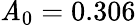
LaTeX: \mathit{A}_{0}=0.306